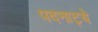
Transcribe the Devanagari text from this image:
पदनाट्ये